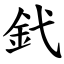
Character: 釴